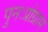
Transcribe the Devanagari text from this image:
पुनःप्रोग्राम